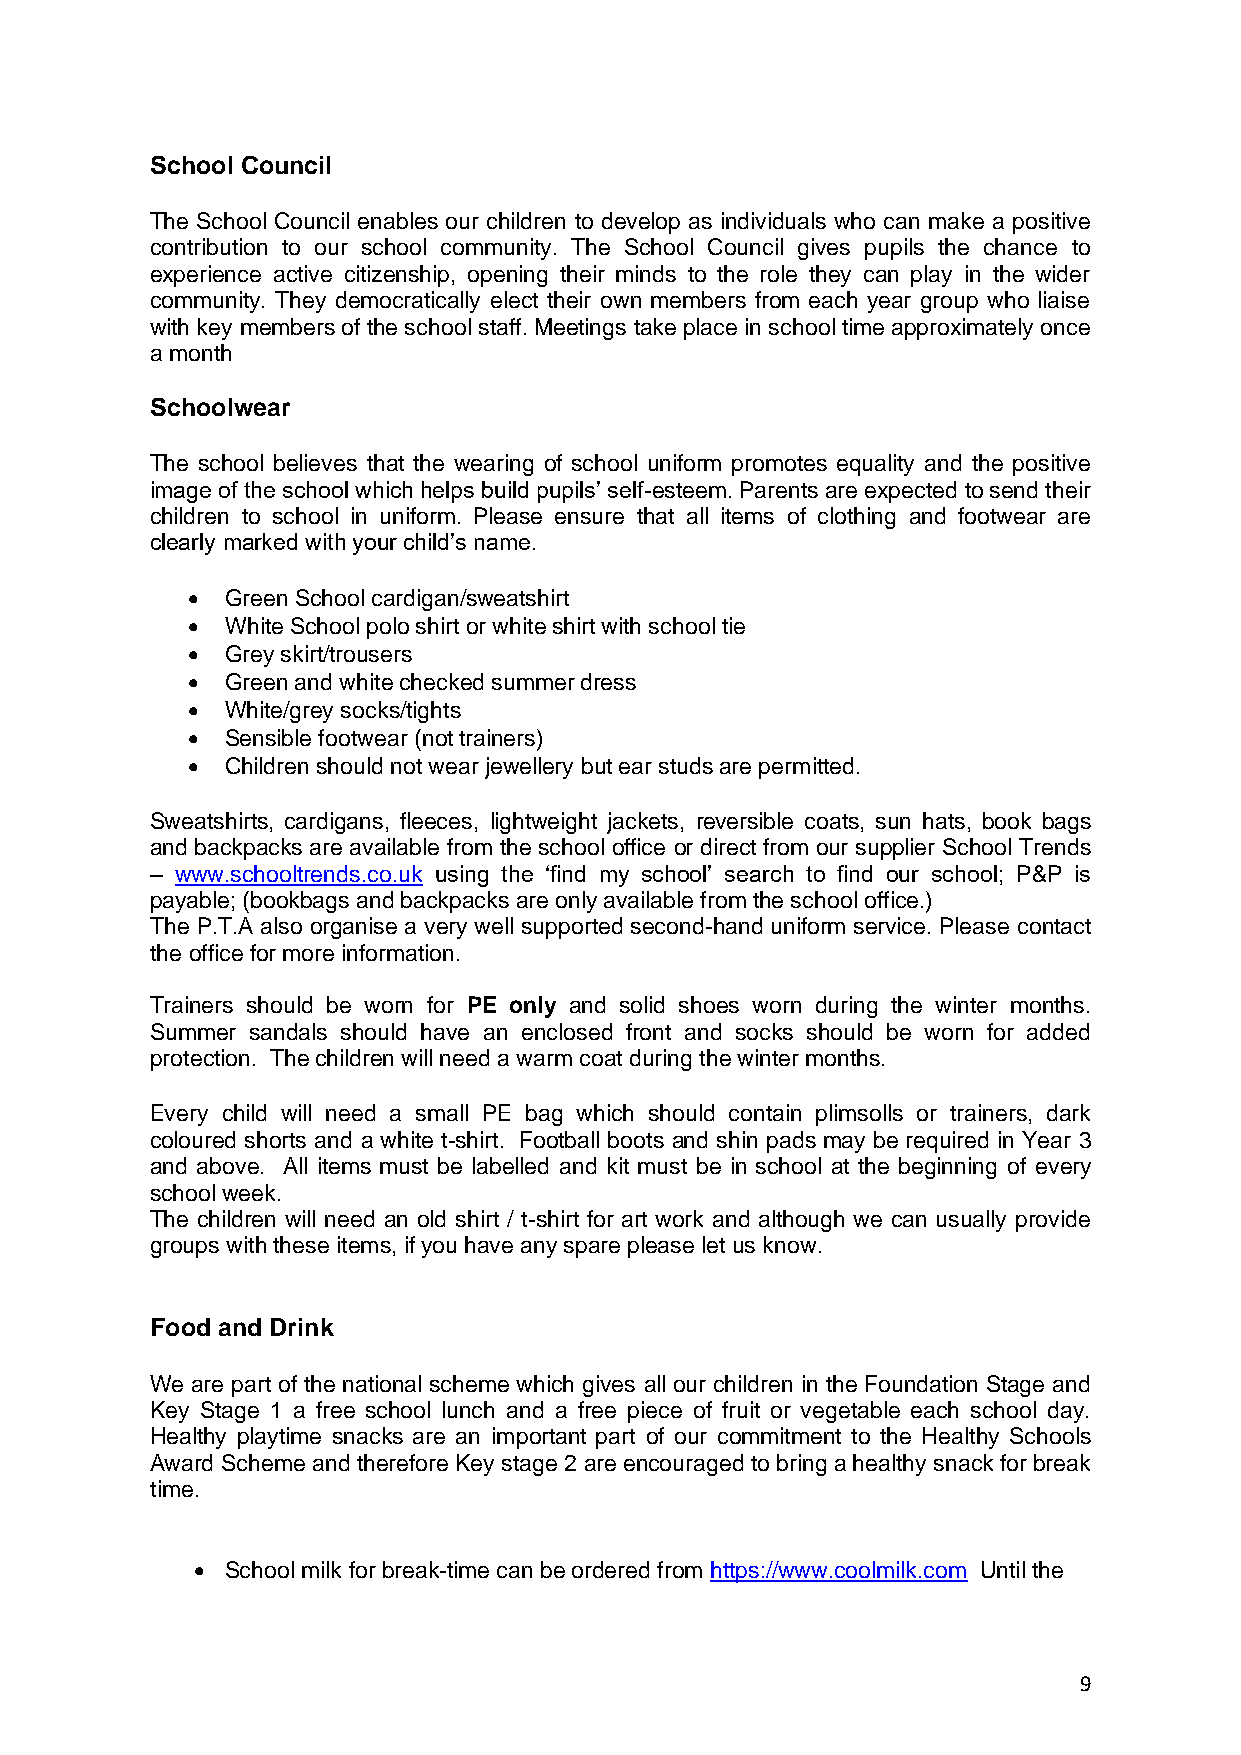
School Council
 The School Council enables our children to develop as individuals who can make a positive
 contribution to our school community. The School Council gives pupils the chance to
 experience active citizenship, opening their minds to the role they can play in the wider
 community. They democratically elect their own members from each year group who liaise
 with key members of the school staff. Meetings take place in school time approximately once
 a month
 Schoolwear
 The school believes that the wearing of school uniform promotes equality and the positive
 image of the school which helps build pupils’ self-esteem. Parents are expected to send their
 children to school in uniform. Please ensure that all items of clothing and footwear are
 clearly marked with your child’s name.
 •  Green School cardigan/sweatshirt
 •  White School polo shirt or white shirt with school tie
 •  Grey skirt/trousers
 •  Green and white checked summer dress
 •  White/grey socks/tights
 •  Sensible footwear (not trainers)
 •  Children should not wear jewellery but ear studs are permitted.
 Sweatshirts, cardigans, fleeces, lightweight jackets, reversible coats, sun hats, book bags
 and backpacks are available from the school office or direct from our supplier School Trends
 – www.schooltrends.co.uk using the ‘find my school’ search to find our school; P&P is
 payable; (bookbags and backpacks are only available from the school office.)
 The P.T.A also organise a very well supported second-hand uniform service. Please contact
 the office for more information.
 Trainers should be worn for PE only and solid shoes worn during the winter months.
 Summer sandals should have an enclosed front and socks should be worn for added
 protection. The children will need a warm coat during the winter months.
 Every child will need a small PE bag which should contain plimsolls or trainers, dark
 coloured shorts and a white t-shirt. Football boots and shin pads may be required in Year 3
 and above. All items must be labelled and kit must be in school at the beginning of every
 school week.
 The children will need an old shirt / t-shirt for art work and although we can usually provide
 groups with these items, if you have any spare please let us know.
 Food and Drink
 We are part of the national scheme which gives all our children in the Foundation Stage and
 Key Stage 1 a free school lunch and a free piece of fruit or vegetable each school day.
 Healthy playtime snacks are an important part of our commitment to the Healthy Schools
 Award Scheme and therefore Key stage 2 are encouraged to bring a healthy snack for break
 time.
 • School milk for break-time can be ordered from https://www.coolmilk.com Until the
 9